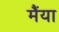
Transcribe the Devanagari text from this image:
मैंया